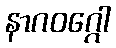
နာဂဝဂ္ဂေါ